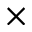
\times